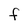
Character: F